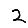
Digit: 2